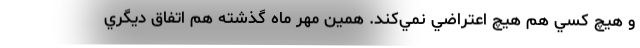
و هيچ کسي هم هيچ اعتراضي نمي‌کند. همين مهر ماه گذشته هم اتفاق ديگري